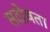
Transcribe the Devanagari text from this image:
सदोषता